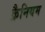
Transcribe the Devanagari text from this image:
क्रैनियम